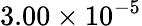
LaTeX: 3.00\times 10^{-5}